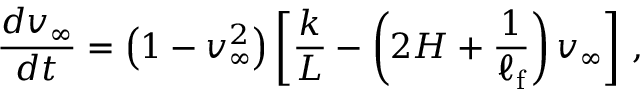
\frac { d v _ { \infty } } { d t } = \left( 1 - { v _ { \infty } ^ { 2 } } \right) \left[ \frac { k } { L } - \left( 2 H + { \frac { 1 } { \ell _ { \mathrm { f } } } } \right) v _ { \infty } \right] \, ,